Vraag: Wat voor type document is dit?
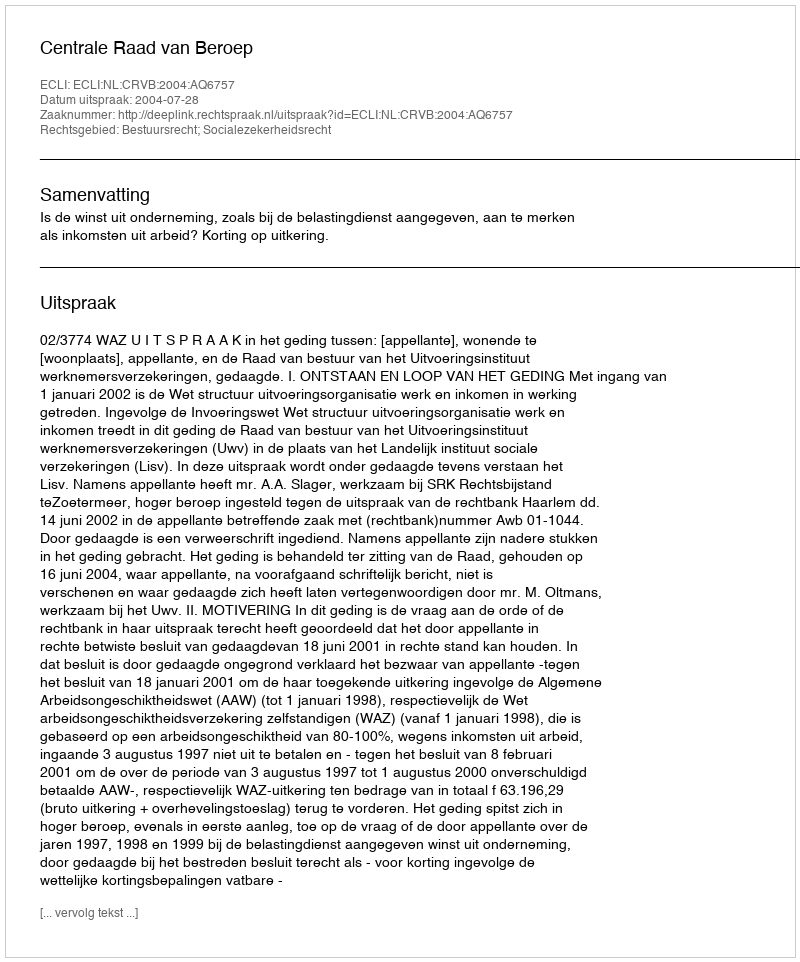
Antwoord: Uitspraak